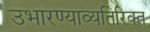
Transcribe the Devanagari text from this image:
उभारण्याव्यतिरिक्त